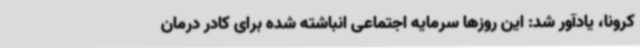
کرونا، یادآور شد: این روزها سرمایه اجتماعی انباشته شده برای کادر درمان